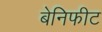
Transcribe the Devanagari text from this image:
बेनिफीट